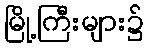
မြို့ကြီးများ၌